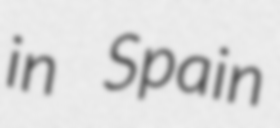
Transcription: in Spain